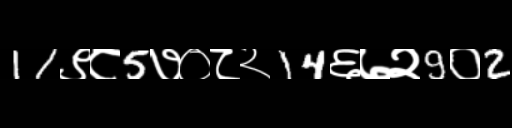
Text: 11९८5७०८२14६७२9०2